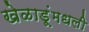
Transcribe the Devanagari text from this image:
खेळाडूंमधली